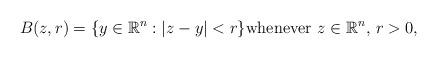
LaTeX: \begin{align*}B (z, r ) = \{ y \in \mathbb R^{n} : | z - y | < r \} \mbox{whenever}\, \,z\in \mathbb R^{n}, \, r>0, \end{align*}